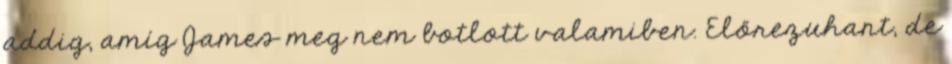
addig, amíg James meg nem botlott valamiben. Előrezuhant, de